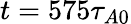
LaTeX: t=575\tau_{A0}